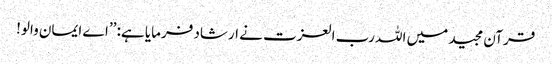
قرآن مجید میں اللہ رب العزت نے ارشاد فرمایا ہے: ’’اے ایمان والو!